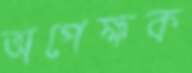
অপেক্ষক